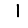
Digit: 1